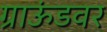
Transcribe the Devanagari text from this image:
ग्राऊंडवर